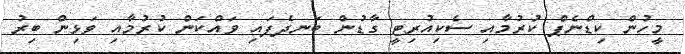
މީހުން ކިޑްނެޕް ކުރުމާއި ސެކިއުރިޓީ ގާޑުން ބަނދެފައި ވައްކަން ކުރުމާއި ވަޅިން ބިރު